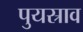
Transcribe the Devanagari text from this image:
पुयस्राव